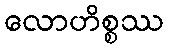
လောဟိစ္စဿ